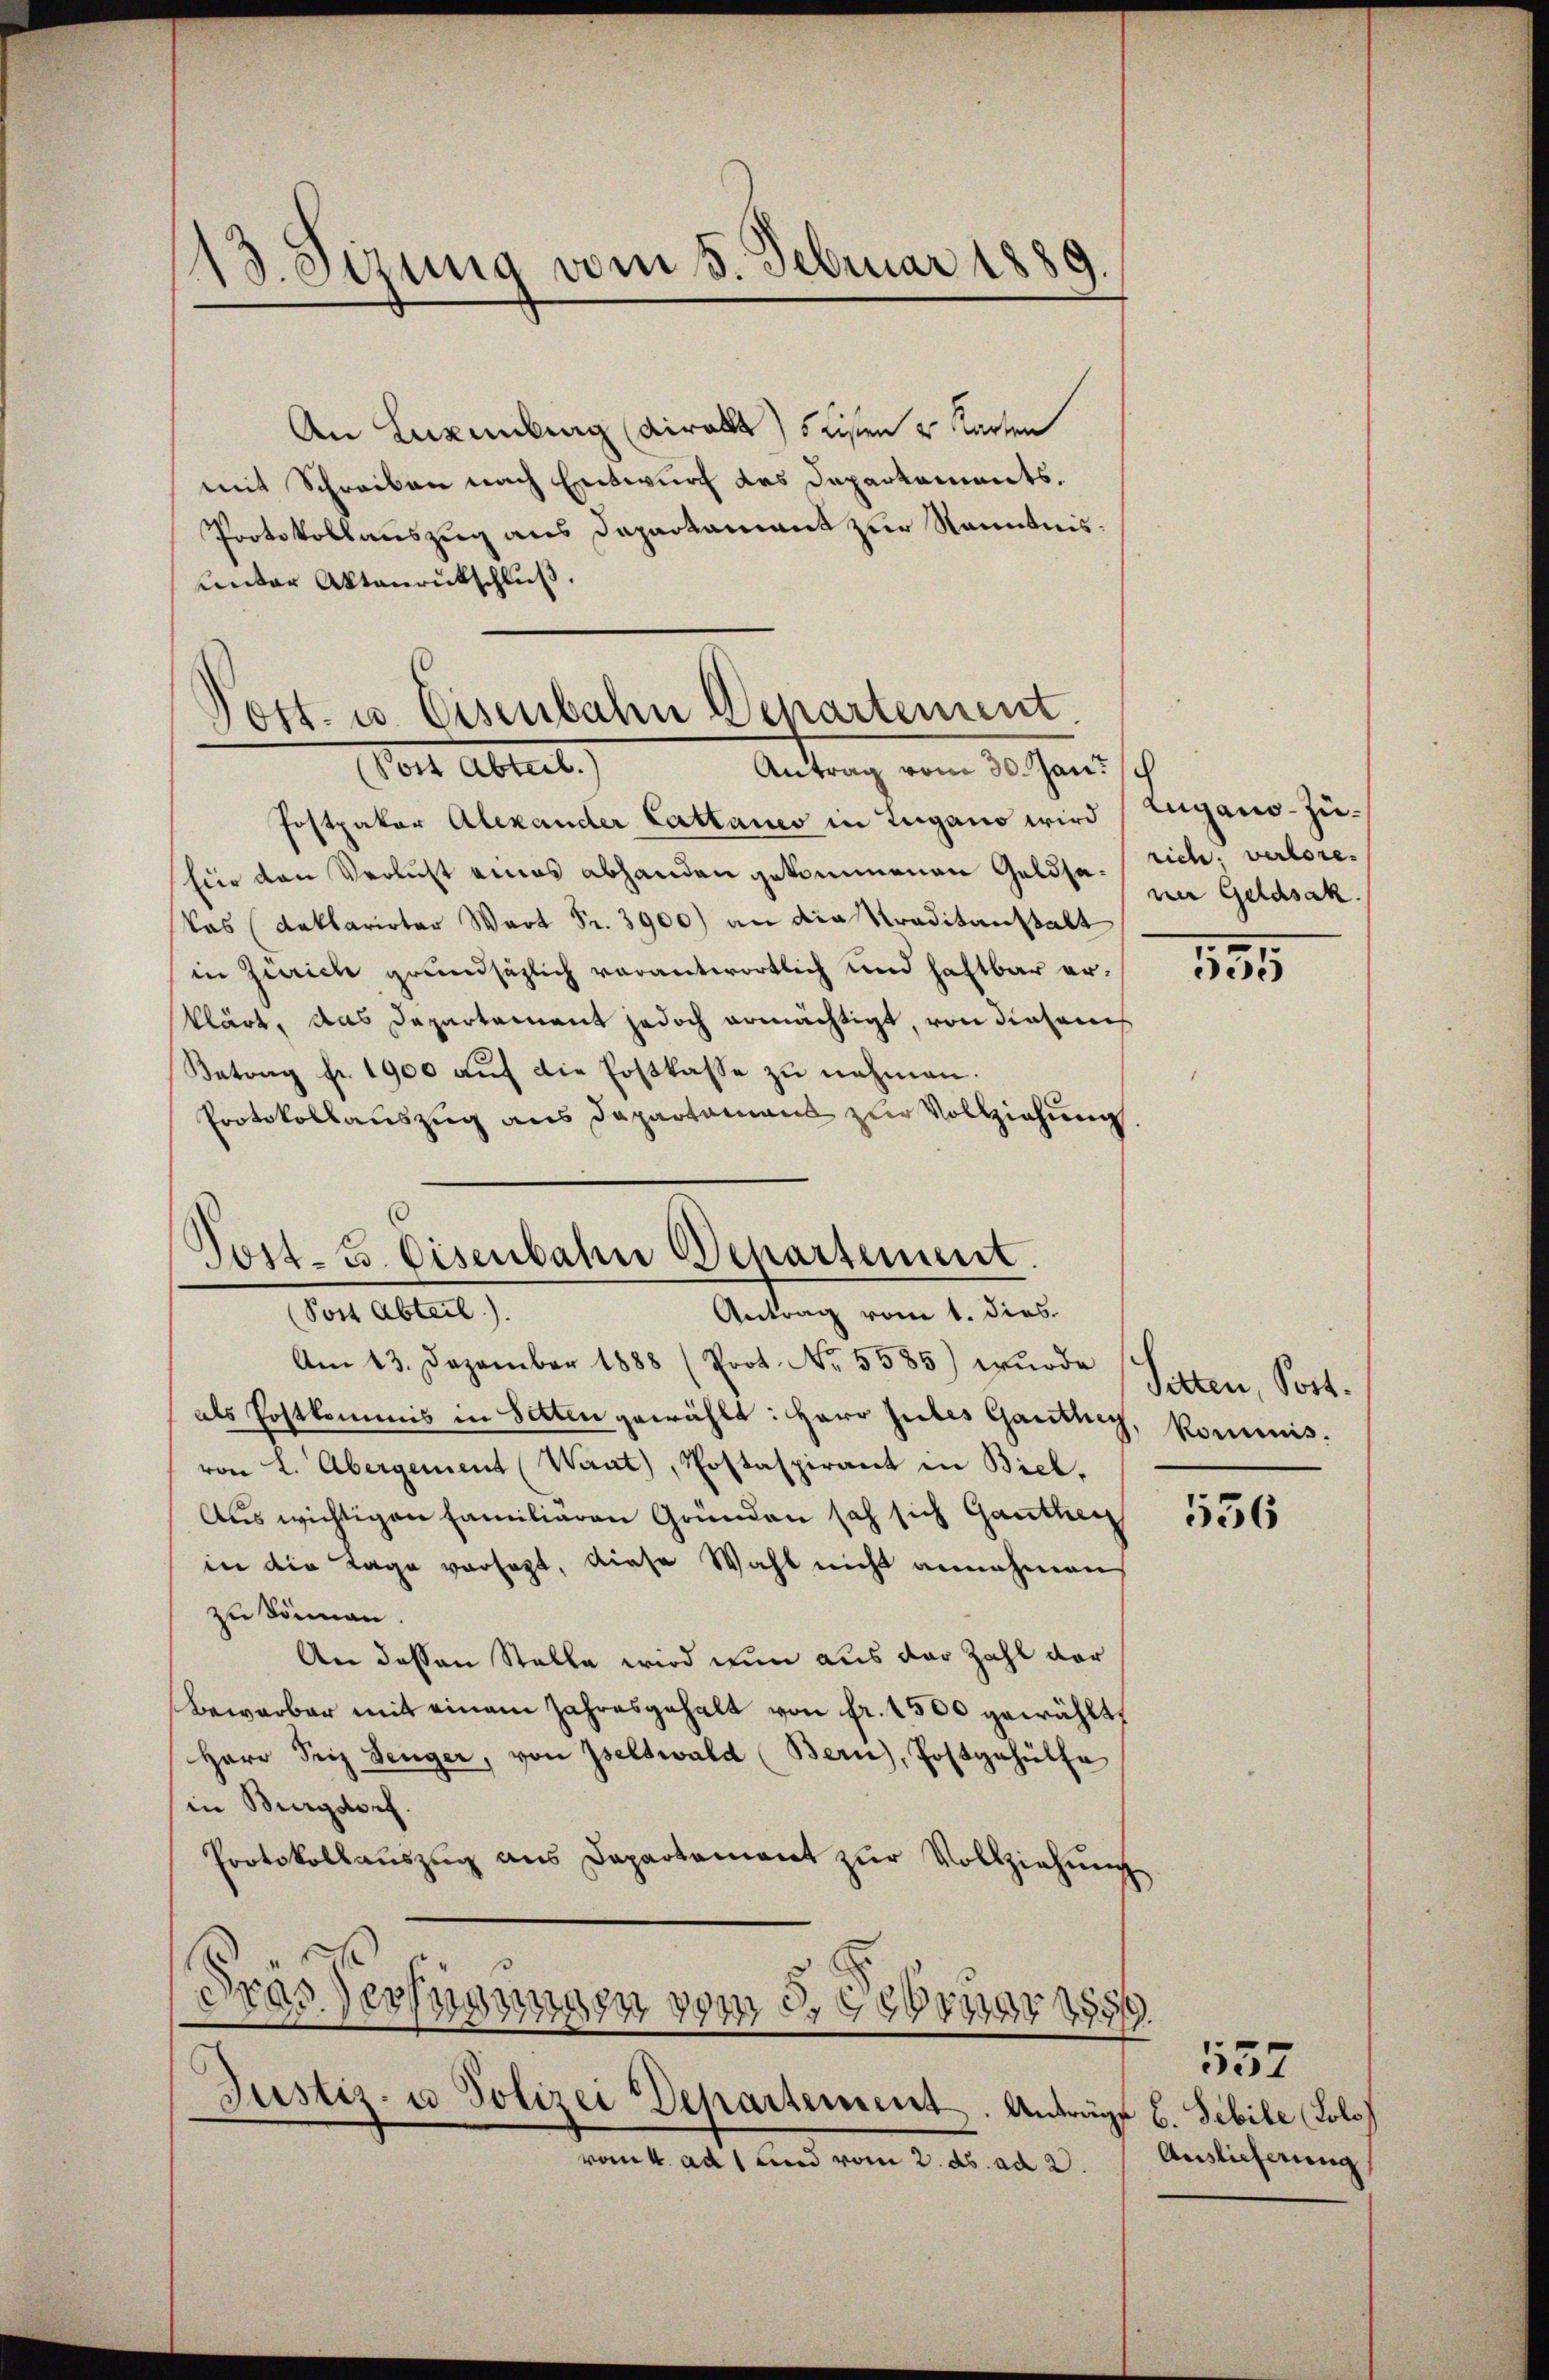
13. Sirung vom 5. Februar 1889

An Luxenburg (viralt) 5 Listen u Karten
mit Schreiben nach Entwurf das Departements.
Protokollauszug aus Daparkament zur Kenntnis.
unter Aktenrückschluß.

Post- u. Eisenbahn Departement
ot Abreit.)

Antrag vom 30. Janisch
Postpakor Alexander Cattanes in Lugano wird (Lugano-Züfür den Verlust eines abhanden gekommenen Geldsa¬
Das (Reklarirter Wart Fr. 3900) an die Traditanstalt
in Zürich grundsätzlich verantwortlich und haftbar erklärt, das Departement jedoch ermächtigt, von diesem
Betrag fr. 1900 auf die Fostkasse zu nehmen.
Protokollauszug aus Departamens zur Vollziehung.

Post-G. Eisenbahn Departement.
(Post Abteil).
Antrag vom 1. dies.

Am 13. Dezember 1888 (Prot. No. 5585) wurde
als Postkommis in Satten gewählt: Herr Gutes Ganthey, kommisvon L. Abergement (Want), Postaspirant in Biel.
Aus wichtigen Familiären Gründen sah sich Ganther
in die Tage versagt, diese Wahl nicht annehmen
zu können
An dessen Stelle wird nun aus der Zahl der
Bewerber mit einem Jahresgehalt von fr. 1500 gewählt,
Herr Seiz Senger, von Iselswald (Bern), Postgehülfe
in Burgdorf.
Protokollauszug aus Departement zur Vollziehung
Fras Verfügungen vom 3. Gener 1859.
Justiz- u Polizei Departement. Anträge b. Sibile (Lolo
vom k. ad 1 und vom 2. ds. ad 2.

rich, verlore
ner Geldsak

335

Sitten, Port.

536

557
Auslieferung